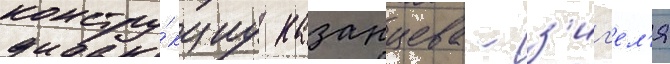
констру́кциу казанцева - з'иг'ел'я